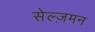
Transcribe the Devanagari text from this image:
सेल्ज़मन